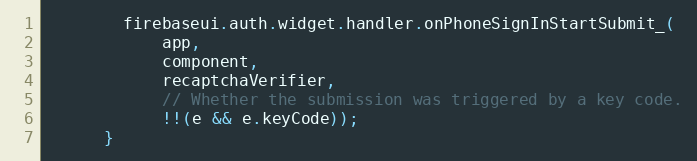
Language: JavaScript
        firebaseui.auth.widget.handler.onPhoneSignInStartSubmit_(
            app,
            component,
            recaptchaVerifier,
            // Whether the submission was triggered by a key code.
            !!(e && e.keyCode));
      }